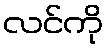
လင်ကို